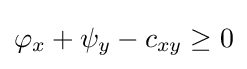
\varphi _{x}+\psi _{y}-c_{xy}\geq 0